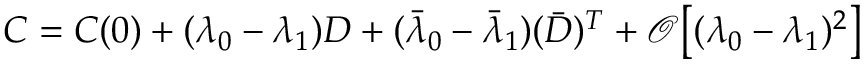
\begin{array} { r } { C = C ( 0 ) + ( \lambda _ { 0 } - \lambda _ { 1 } ) D + ( \bar { \lambda } _ { 0 } - \bar { \lambda } _ { 1 } ) ( \bar { D } ) ^ { T } + \mathcal { O } \big [ ( \lambda _ { 0 } - \lambda _ { 1 } ) ^ { 2 } \big ] } \end{array}